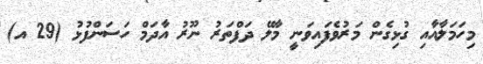
މިހަމަލާއާއި ގުޅިގެން މަރުވެފައިވަނީ މާލޭ ދަފްތަރު ނޫރު އާދަމް ހަސަންފުޅު (29 އ)